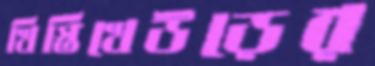
খিস্তিখেউড়ের